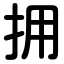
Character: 拥